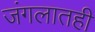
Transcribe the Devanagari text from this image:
जंगलातही